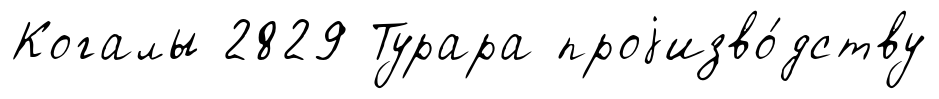
Когалы 2829 Турара проjизво́дству